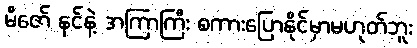
မိဇော် နင်နဲ့ အကြာကြီး စကားပြောနိုင်မှာမဟုတ်ဘူး